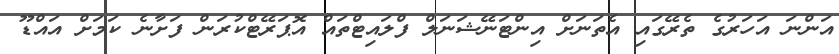
އަންނަ އަހަރުގެ ތެރޭގައި އެތަނަށް އިންޓަނޭޝަނަލް ފްލައިޓްތައް އޮޕަރޭޓްކުރަން ފަށާނެ ކަމަށް އައްޑޫ